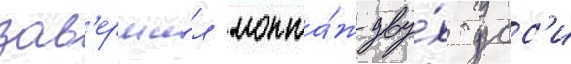
зав'ерши́л монта́ж дву́х усс'и